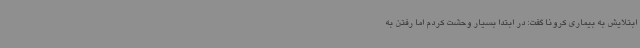
ابتلایش به بیماری کرونا گفت: در ابتدا بسیار وحشت کردم اما رفتن به